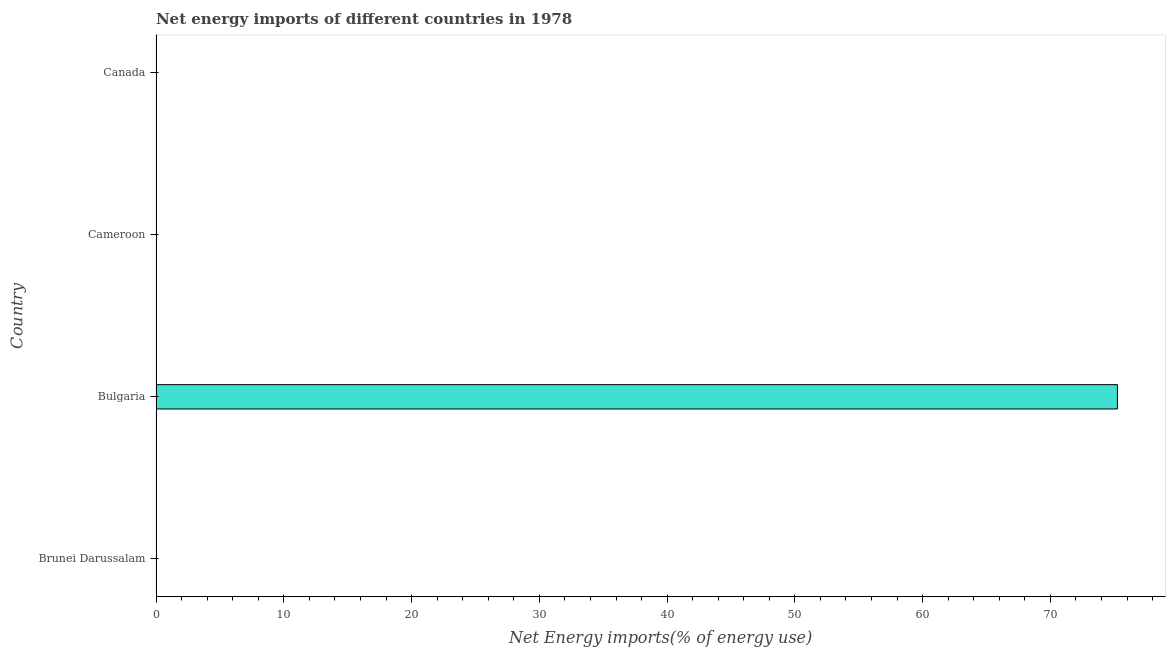
| Country | Energy imports |
 | --- | --- |
 | Brunei Darussalam | -1.82e+03 |
 | Bulgaria | 75.2 |
 | Cameroon | -0.681 |
 | Canada | -5.44 |